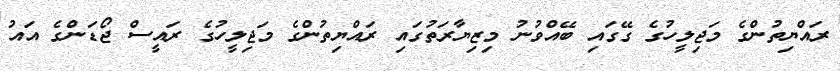
ރައްޔިތުންގެ މަޖިލީހުގެ ގޭގައި ބޭއްވުނު މިޒިޔާރަތުގައި ރައްޔިތުންގެ މަޖިލީހުގެ ރައީސް ޖޯޑަންގެ އައު